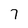
Character: 7